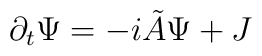
\partial_{t} \Psi = -i \tilde{A} \Psi + J